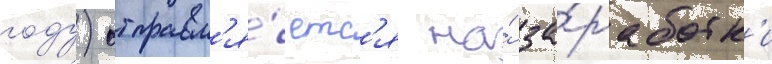
году) отправл'я́етс'я на́ за́работк'и